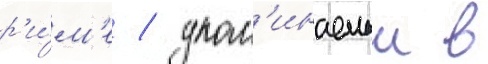
р'и́м'е / упом'инаемыи в